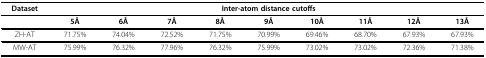
| Dataset | <COLSPAN=9> Inter-atom distance cutoffs |
 | --- | --- | --- | --- | --- | --- | --- | --- | --- | --- |
 |  | 5Å | 6Å | 7Å | 8Å | 9Å | 10Å | 11Å | 12Å | 13Å |
 | ZH-AT | 71.75% | 74.04% | 72.52% | 71.75% | 70.99% | 69.46% | 68.70% | 67.93% | 67.93% |
 | MW-AT | 75.99% | 76.32% | 77.96% | 76.32% | 75.99% | 73.02% | 73.02% | 72.36% | 71.38% |